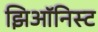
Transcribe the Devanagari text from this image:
झिऑनिस्ट